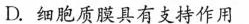
D.细胞质膜具有支持作用